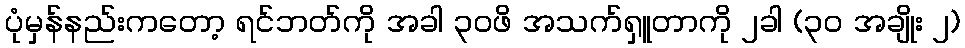
ပုံမှန်နည်းကတော့ ရင်ဘတ်ကို အခါ ၃၀ဖိ အသက်ရှူတာကို ၂ခါ (၃၀ အချိုး ၂)